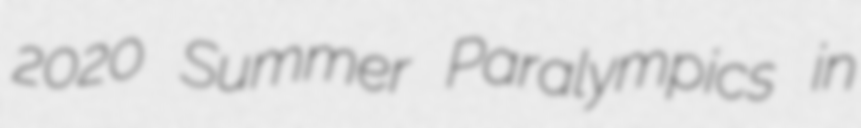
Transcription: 2020 Summer Paralympics in